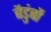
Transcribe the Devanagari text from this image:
बैडुंबों